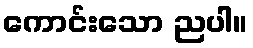
ကောင်းသော ညပါ။